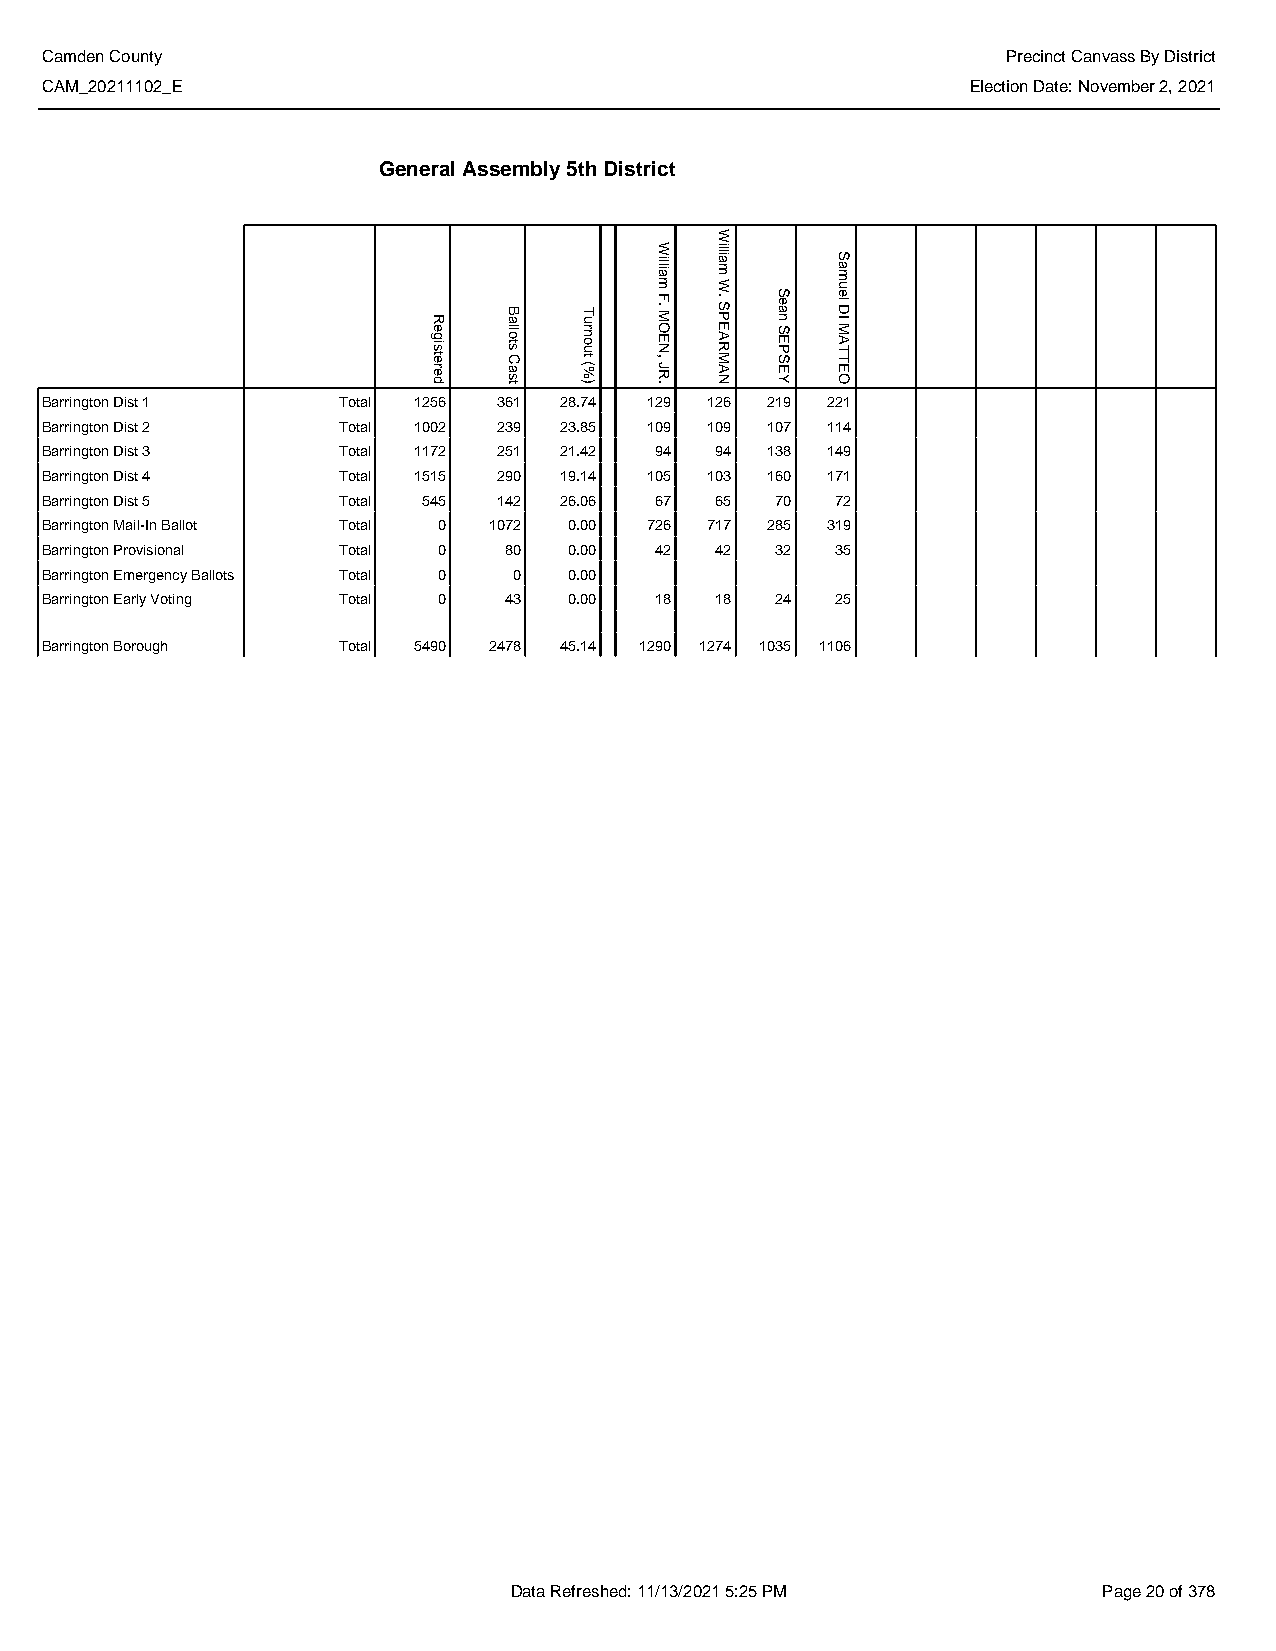
Camden County                                                   Precinct Canvass By District
 CAM_20211102_E                                               Election Date: November 2, 2021
 General Assembly 5th District
 Barrington Dist 1  Total 1256 361 28.74 129 126 219 221
 Barrington Dist 2  Total 1002 239 23.85 109 109 107 114
 Barrington Dist 3  Total 1172 251 21.42 94  94  138 149
 Barrington Dist 4  Total 1515 290 19.14 105 103 160 171
 Barrington Dist 5  Total 545  142 26.06 67  65  70  72
 Barrington Mail-In Ballot Total 0 1072 0.00 726 717 285 319
 Barrington Provisional Total 0 80  0.00 42  42  32  35
 Barrington Emergency Ballots Total 0 0 0.00
 Barrington Early Voting Total 0 43 0.00 18  18  24  25
 Barrington Borough Total 5490 2478 45.14 1290 1274 1035 1106
 Data Refreshed: 11/13/2021 5:25 PM     Page 20 of 378
 Registered Ballots
 Cast
 Turnout
 (%)
 William
 F.
 MOEN,
 JR.
 William
 W.
 SPEARMAN
 Sean
 SEPSEY
 Samuel
 DI
 MATTEO